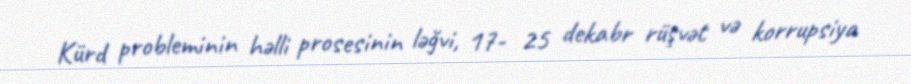
Kürd probleminin həlli prosesinin ləğvi, 17- 25 dekabr rüşvət və korrupsiya